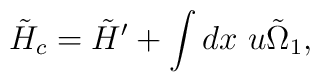
\tilde{H}_c = \tilde{H}'+ \int dx ~u \tilde{\Omega}_1,